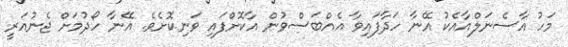
މަހު އާސެނަލްއާއެކު އޭނާ ހަދާފައިވާ އެއްބަސްވުން އާކޮށްފައި ވަނިކޮށެވެ. އޭނާ ހޯދުމަށް ޖެނުއަރީ